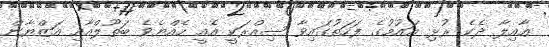
ޢާއިލާ ދެކެ ރުޅި އައުމުގެ ފަހަތުގައިވާ ސިއްރަކީ އެއީ ހެއްޔެވެ ބަތޫލްއާއި އަޒްޔާން